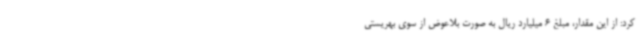
کرد: از این مقدار، مبلغ 6 میلیارد ریال به صورت بلاعوض از سوی بهریستی